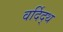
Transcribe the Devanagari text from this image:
वर्दिद्थ